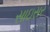
સાઇસર